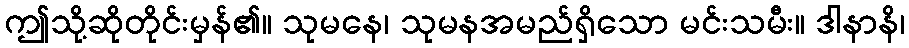
ဤသို့ဆိုတိုင်းမှန်၏။ သုမနေ၊ သုမနအမည်ရှိသော မင်းသမီး။ ဒါနာနိ၊